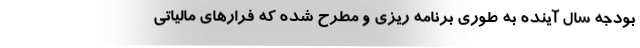
بودجه سال آینده به طوری برنامه ریزی و مطرح شده که فرار‌های مالیاتی